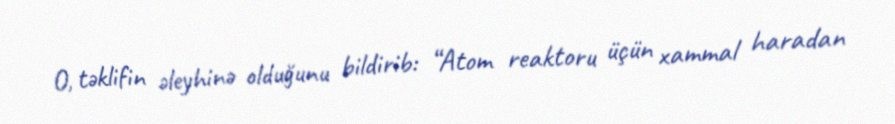
O, təklifin əleyhinə olduğunu bildirib: “Atom reaktoru üçün xammal haradan